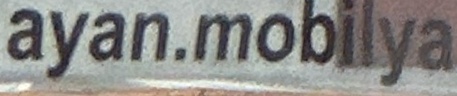
ayan.mobilya